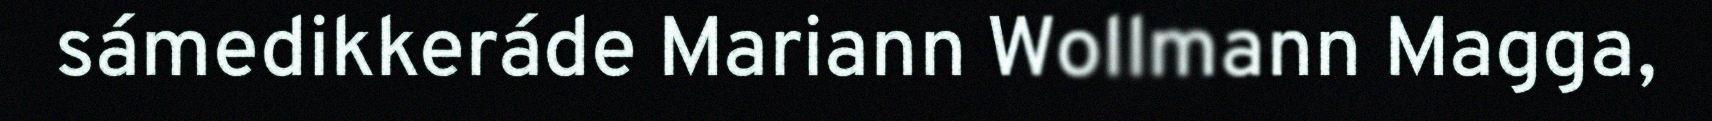
sámedikkeráde Mariann Wollmann Magga,